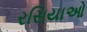
રસિયાઓ